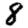
Digit: 8